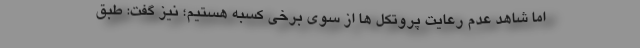
اما شاهد عدم رعایت پروتکل ها از سوی برخی کسبه هستیم؛ نیز گفت: طبق